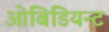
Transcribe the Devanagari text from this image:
ओबिडियन्ट